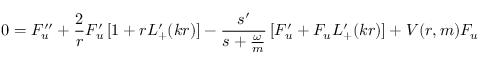
0 = F _ { u } ^ { \prime \prime } + \frac { 2 } { r } F _ { u } ^ { \prime } \left[ 1 + r L _ { + } ^ { \prime } ( k r ) \right] - \frac { s ^ { \prime } } { s + \frac { \omega } { m } } \left[ F _ { u } ^ { \prime } + F _ { u } L _ { + } ^ { \prime } ( k r ) \right] + V ( r , m ) F _ { u }